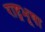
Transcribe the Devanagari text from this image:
राष्ट्रभूषा